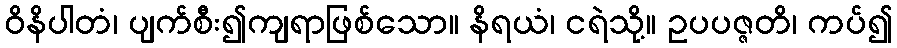
ဝိနိပါတံ၊ ပျက်စီး၍ကျရာဖြစ်သော။ နိရယံ၊ ငရဲသို့။ ဥပပဇ္ဇတိ၊ ကပ်၍